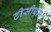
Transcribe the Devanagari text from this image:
टीसीएम